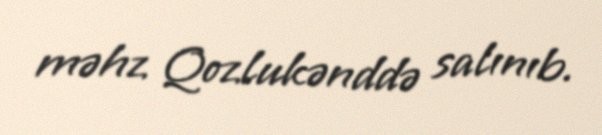
məhz Qozlukənddə salınıb.